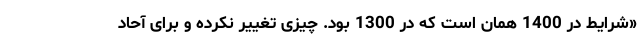
«شرایط در 1400 همان است که در 1300 بود. چیزی تغییر نکرده و برای آحاد